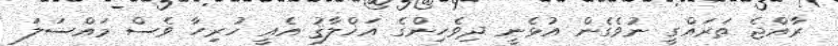
ރާއްޖެ ތަރައްގީ ނުވެގެން އުޅެނީ ދިވެހިންގެ އަޚްލާޤު އެއީ ހުރިހާ ވެސް މައްސަލަ